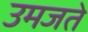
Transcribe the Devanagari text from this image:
उमजते